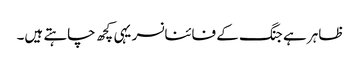
ظاہر ہے جنگ کے فائنانسر یہی کچھ چاہتے ہیں۔